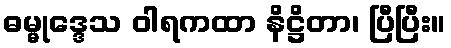
ဓမ္မုဒ္ဒေသ ဝါရကထာ နိဋ္ဌိတာ၊ ပြီပြီး။